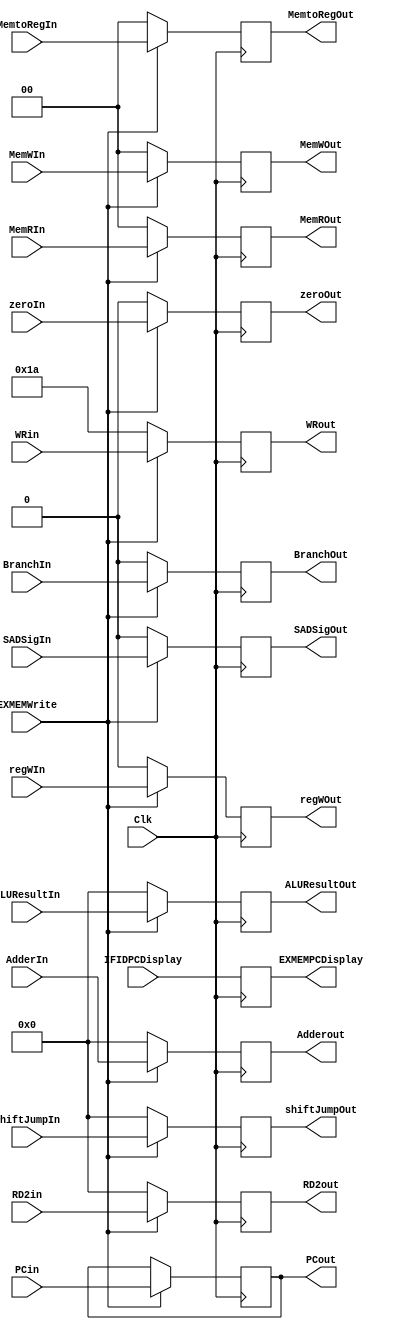
`timescale 1ns / 1ps

module EXMEMRegister(Clk, PCin, PCout, zeroIn, zeroOut, ALUResultIn, ALUResultOut, RD2in, RD2out, WRin, WRout,regWIn, regWOut, MemtoRegIn, MemtoRegOut, BranchIn, BranchOut, MemRIn, MemROut, MemWIn, MemWOut, 
AdderIn, Adderout, shiftJumpIn, shiftJumpOut, EXMEMWrite, IFIDPCDisplay, EXMEMPCDisplay, SADSigIn, SADSigOut);

  input [31:0] PCin, ALUResultIn, RD2in, AdderIn, shiftJumpIn, IFIDPCDisplay;
  output reg [31:0] PCout, ALUResultOut, RD2out, Adderout, shiftJumpOut, EXMEMPCDisplay;
    
    input [4:0] WRin;
    output reg [4:0] WRout;

    input [1:0] MemtoRegIn, MemRIn, MemWIn;
    output reg [1:0] MemtoRegOut, MemROut, MemWOut;
    
    input Clk, zeroIn, regWIn, BranchIn, EXMEMWrite, SADSigIn;
    output reg  zeroOut, regWOut, BranchOut, SADSigOut;


  always @ (posedge Clk) begin
    if (EXMEMWrite == 0) begin
        //PCout <= 32'b0;
        zeroOut <= 1'b0;
        ALUResultOut <= 32'b0;
        RD2out <= 32'b0;
        WRout <= 5'b11010; 
        MemtoRegOut <= 2'b0;
        regWOut <= 2'b0;
        BranchOut <= 1'b0;
        MemROut <= 2'b0;
        MemWOut <= 2'b0;
        Adderout <= 32'b0;
        shiftJumpOut <= 32'b0;
        EXMEMPCDisplay <= IFIDPCDisplay;
        SADSigOut <= 0;
    end

    else if (EXMEMWrite == 1) begin
        PCout <= PCin;
        zeroOut <= zeroIn;
        ALUResultOut <= ALUResultIn;
        RD2out <= RD2in;
        WRout <= WRin; 
        MemtoRegOut <= MemtoRegIn;
        regWOut <= regWIn;
        BranchOut <= BranchIn;
        MemROut <= MemRIn;
        MemWOut <= MemWIn;
        Adderout <= AdderIn;
        shiftJumpOut <= shiftJumpIn;
        EXMEMPCDisplay <= IFIDPCDisplay;
        SADSigOut <= SADSigIn;
    end
    
end
    
endmodule